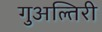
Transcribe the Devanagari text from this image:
गुअल्तिरी